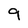
Character: 9